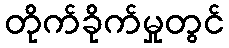
တိုက်ခိုက်မှုတွင်